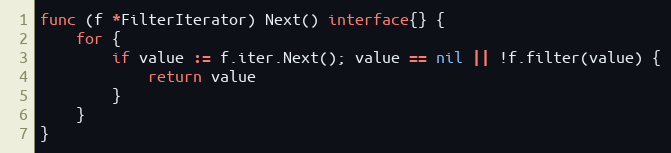
Language: Go
func (f *FilterIterator) Next() interface{} {
	for {
		if value := f.iter.Next(); value == nil || !f.filter(value) {
			return value
		}
	}
}